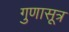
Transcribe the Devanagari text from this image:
गुणासूत्र